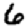
Digit: 6